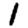
Digit: 1